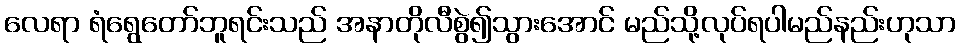
လေရာ ရံရွေတော်ဘူရင်းသည် အနာတိုလီစွဲ၍သွားအောင် မည်သို့လုပ်ရပါမည်နည်းဟုသာ